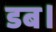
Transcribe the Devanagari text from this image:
डब।